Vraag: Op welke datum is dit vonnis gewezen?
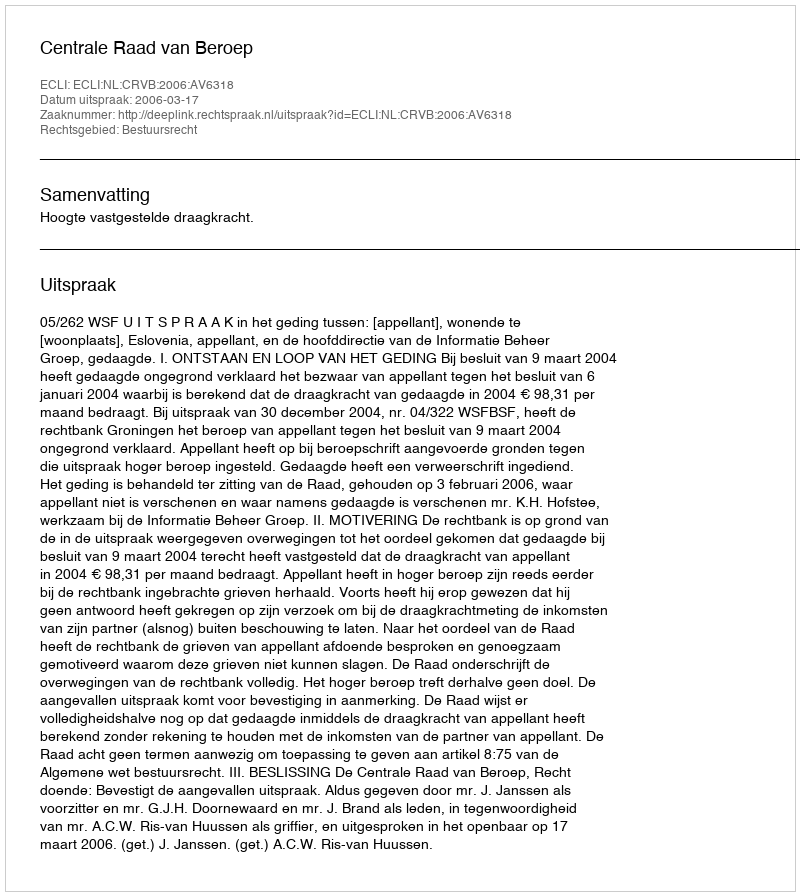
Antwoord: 2006-03-17